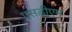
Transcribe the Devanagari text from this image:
एसडीएम